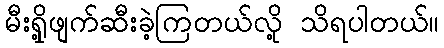
မီးရှို့ဖျက်ဆီးခဲ့ကြတယ်လို့ သိရပါတယ်။